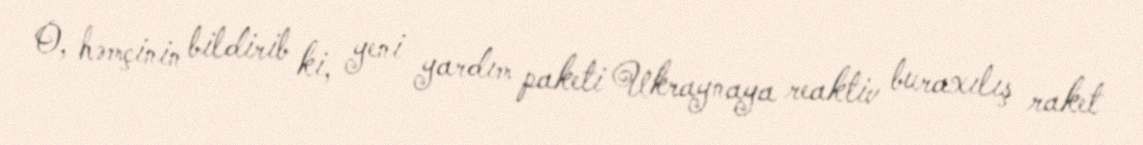
O, həmçinin bildirib ki, yeni yardım paketi Ukraynaya reaktiv buraxılış raket